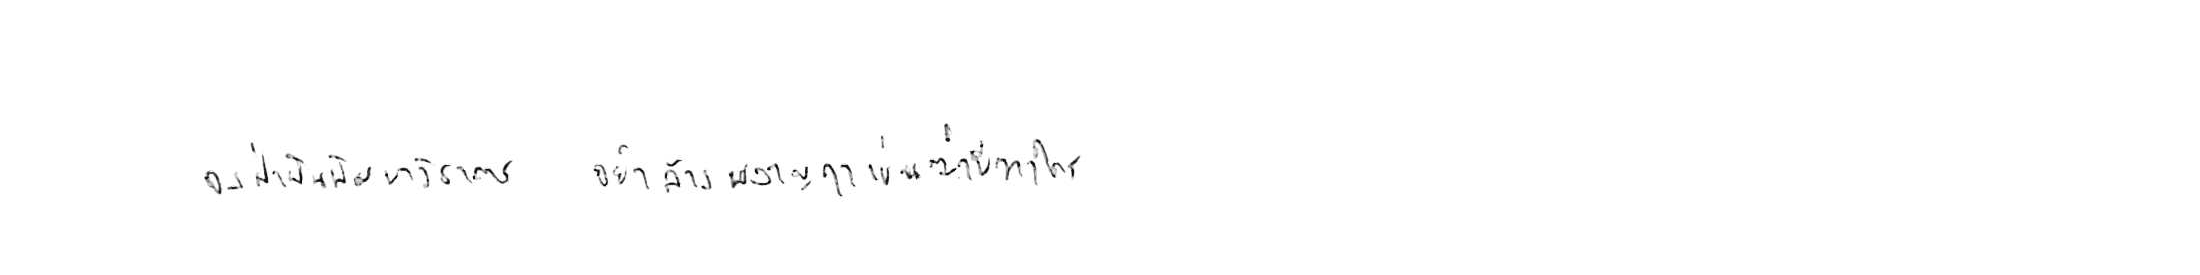
จงฝ่าฟันพัฒนาวิชาการ อย่าล้างผลาญฤๅเข่นฆ่าบีฑาใคร